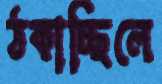
ঠকাচ্ছিলে